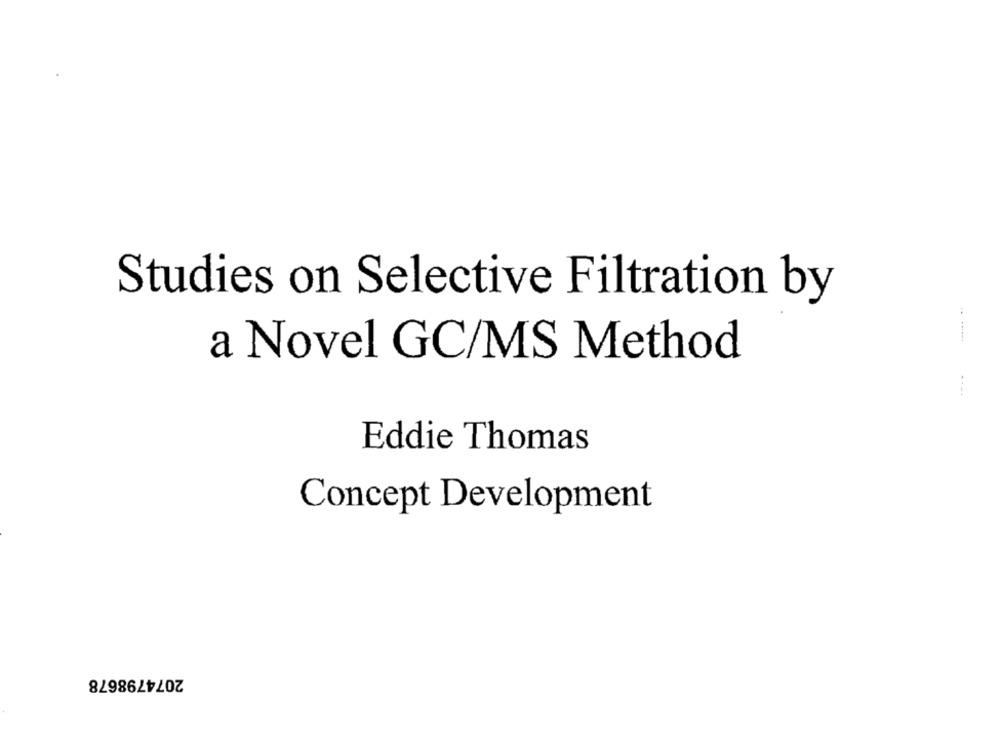
Studies on Selective Filtration by
a Novel GC/MS Method
Eddie Thomas
Concept Development
2074798678